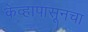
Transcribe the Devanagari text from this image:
केव्हापासूनचा